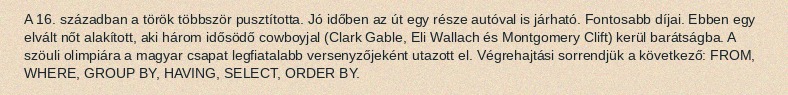
A 16. században a török többször pusztította. Jó időben az út egy része autóval is járható. Fontosabb díjai. Ebben egy elvált nőt alakított, aki három idősödő cowboyjal (Clark Gable, Eli Wallach és Montgomery Clift) kerül barátságba. A szöuli olimpiára a magyar csapat legfiatalabb versenyzőjeként utazott el. Végrehajtási sorrendjük a következő: FROM, WHERE, GROUP BY, HAVING, SELECT, ORDER BY.